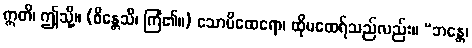
ဣတိ၊ ဤသို့။ (စိန္တေသိ၊ ကြံ၏။) သောပိထေရော၊ ထိုမထေရ်သည်လည်း။ “ဘန္တေ၊